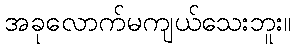
အခုလောက်မကျယ်သေးဘူး။